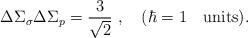
LaTeX: \begin{align*}\Delta \Sigma_\sigma \Delta \Sigma_p={3\over \sqrt 2}\ , \quad (\hbar=1\quad\hbox{units}) .\end{align*}